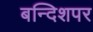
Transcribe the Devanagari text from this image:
बन्दिशपर